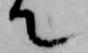
て